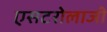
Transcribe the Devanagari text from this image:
एसटरोलाजी